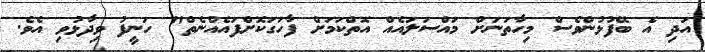
އަދި އެ ބޭފުޅުންވެސް މިހާތަނަށް މައްސަލައެއް އޮތްކަމަށް ފާހަގަކޮށްފައެއްނެތް" ހަނީފު ވިދާޅުވި އެވެ.